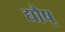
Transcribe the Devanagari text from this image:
द्यौष्